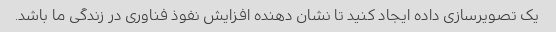
یک تصویرسازی داده ایجاد کنید تا نشان دهنده افزایش نفوذ فناوری در زندگی ما باشد.